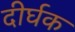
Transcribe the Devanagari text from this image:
दीर्घक